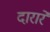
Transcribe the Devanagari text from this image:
दारारें